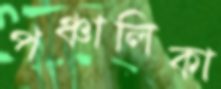
পঞ্চালিকা